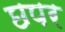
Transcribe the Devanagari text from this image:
छपर